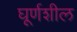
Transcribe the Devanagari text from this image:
घूर्णशील